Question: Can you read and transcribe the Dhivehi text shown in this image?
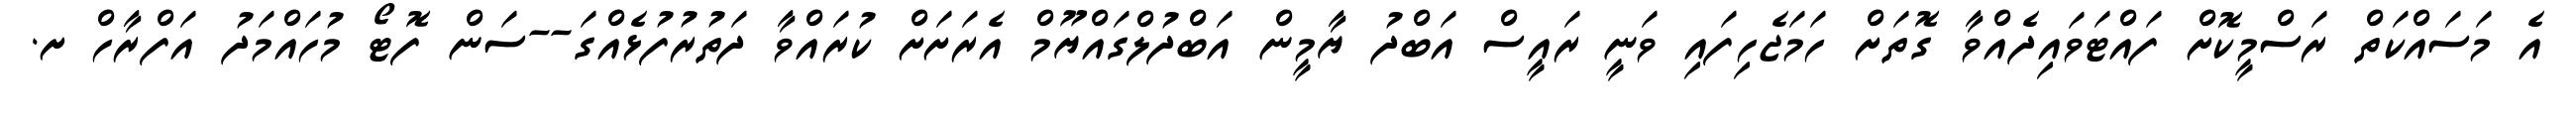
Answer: އެ މަސައްކަތް ރަސްމީކޮށް ފައްޓަވައިދެއްވާ ގޮތަށް ހަމަޖެހިފައި ވަނީ ރައީސް އަބްދު ޔާމީން އަބްދުލްގައްޔޫމް އެރަށަށް ކުރައްވާ ދަތުރުފުޅެއްގަ--ސަން ފޮޓޯ މުހައްމަދު އަފްރާހް ށ.